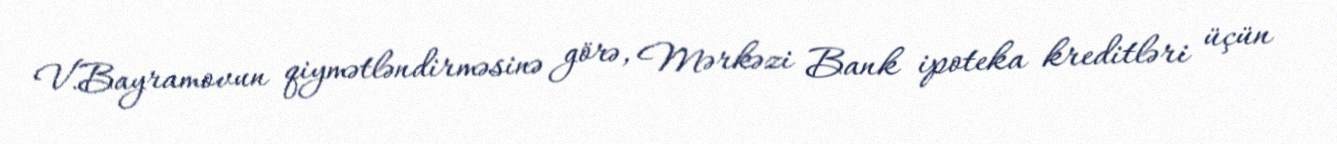
V.Bayramovun qiymətləndirməsinə görə, Mərkəzi Bank ipoteka kreditləri üçün